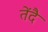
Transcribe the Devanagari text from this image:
तेंदै